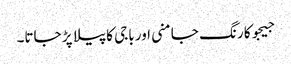
جیجوکا رنگ جامنی اور باجی کا پیلا پڑ جاتا۔